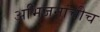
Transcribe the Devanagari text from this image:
अभिजनांचीच